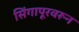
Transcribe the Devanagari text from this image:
सिंगापूरवरून